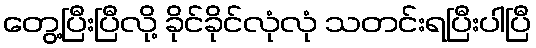
တွေ့ပြီးပြီလို့ ခိုင်ခိုင်လုံလုံ သတင်းရပြီးပါပြီ